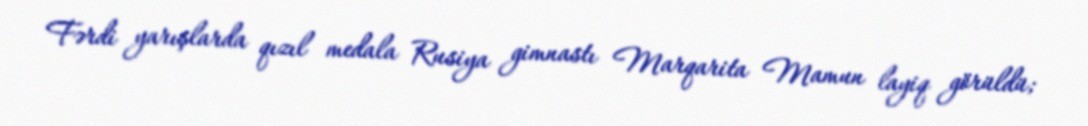
Fərdi yarışlarda qızıl medala Rusiya gimnastı Marqarita Mamun layiq görüldü;